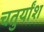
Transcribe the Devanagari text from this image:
चतुर्यांश